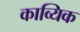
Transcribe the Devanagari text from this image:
काव्यिक